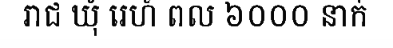
រាជ ឃុំ រេហ៍ ពល ៦០០០ នាក់